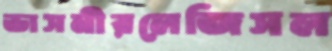
ভাসনীরলেজিসল